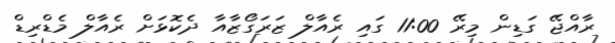
ރާއްޖޭ ގަޑިން މިރޭ 11:00 ގައި ރެއާލް ޒަރަގޯޒާއާ ދެކޮޅަށް ރެއާލް މެޑްރިޑް